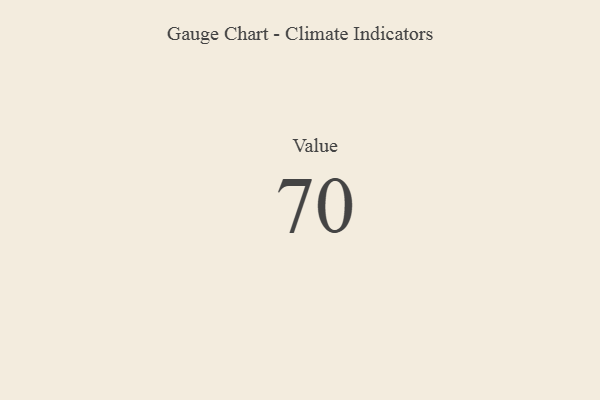
{"axis": {"x": "Metric", "y": "Value"}, "legend": [""], "data": [{"x": "Value", "y": 70, "type": ""}]}